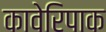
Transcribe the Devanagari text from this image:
कावेरिपाक